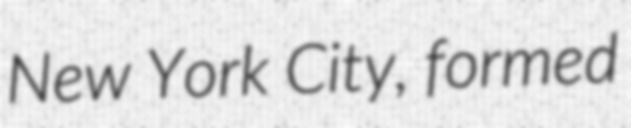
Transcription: New York City, formed